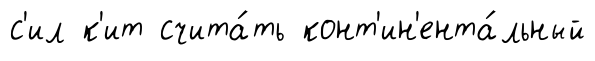
с'ил к'ит счита́ть конт'ин'ента́льный